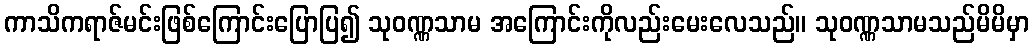
ကာသိကရာဇ်မင်းဖြစ်ကြောင်းပြောပြ၍ သုဝဏ္ဏသာမ အကြောင်းကိုလည်းမေးလေသည်။ သုဝဏ္ဏသာမသည်မိမိမှာ